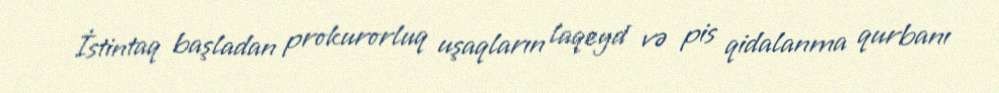
İstintaq başladan prokurorluq uşaqların laqeyd və pis qidalanma qurbanı